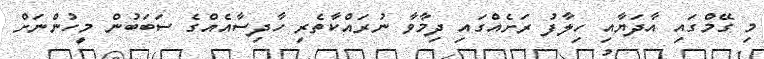
މި ގޭމްގައި އާދަޔާއި ހިލާފު ރަށެއްގައި ދިމާވާ ނުރައްކާތެރި ހާދިސާއެއްގެ ސަބަބުން މީހުންނަށް